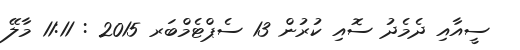
ސީއާއި ދެމެދު ސޮއި ކުރުން 13 ސެޕްޓެމްބަރ 2015 : 11:11 މާލޭ